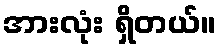
အားလုံး ရှိတယ်။